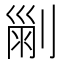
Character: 𠞤